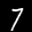
Label: 7